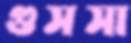
গুসসা